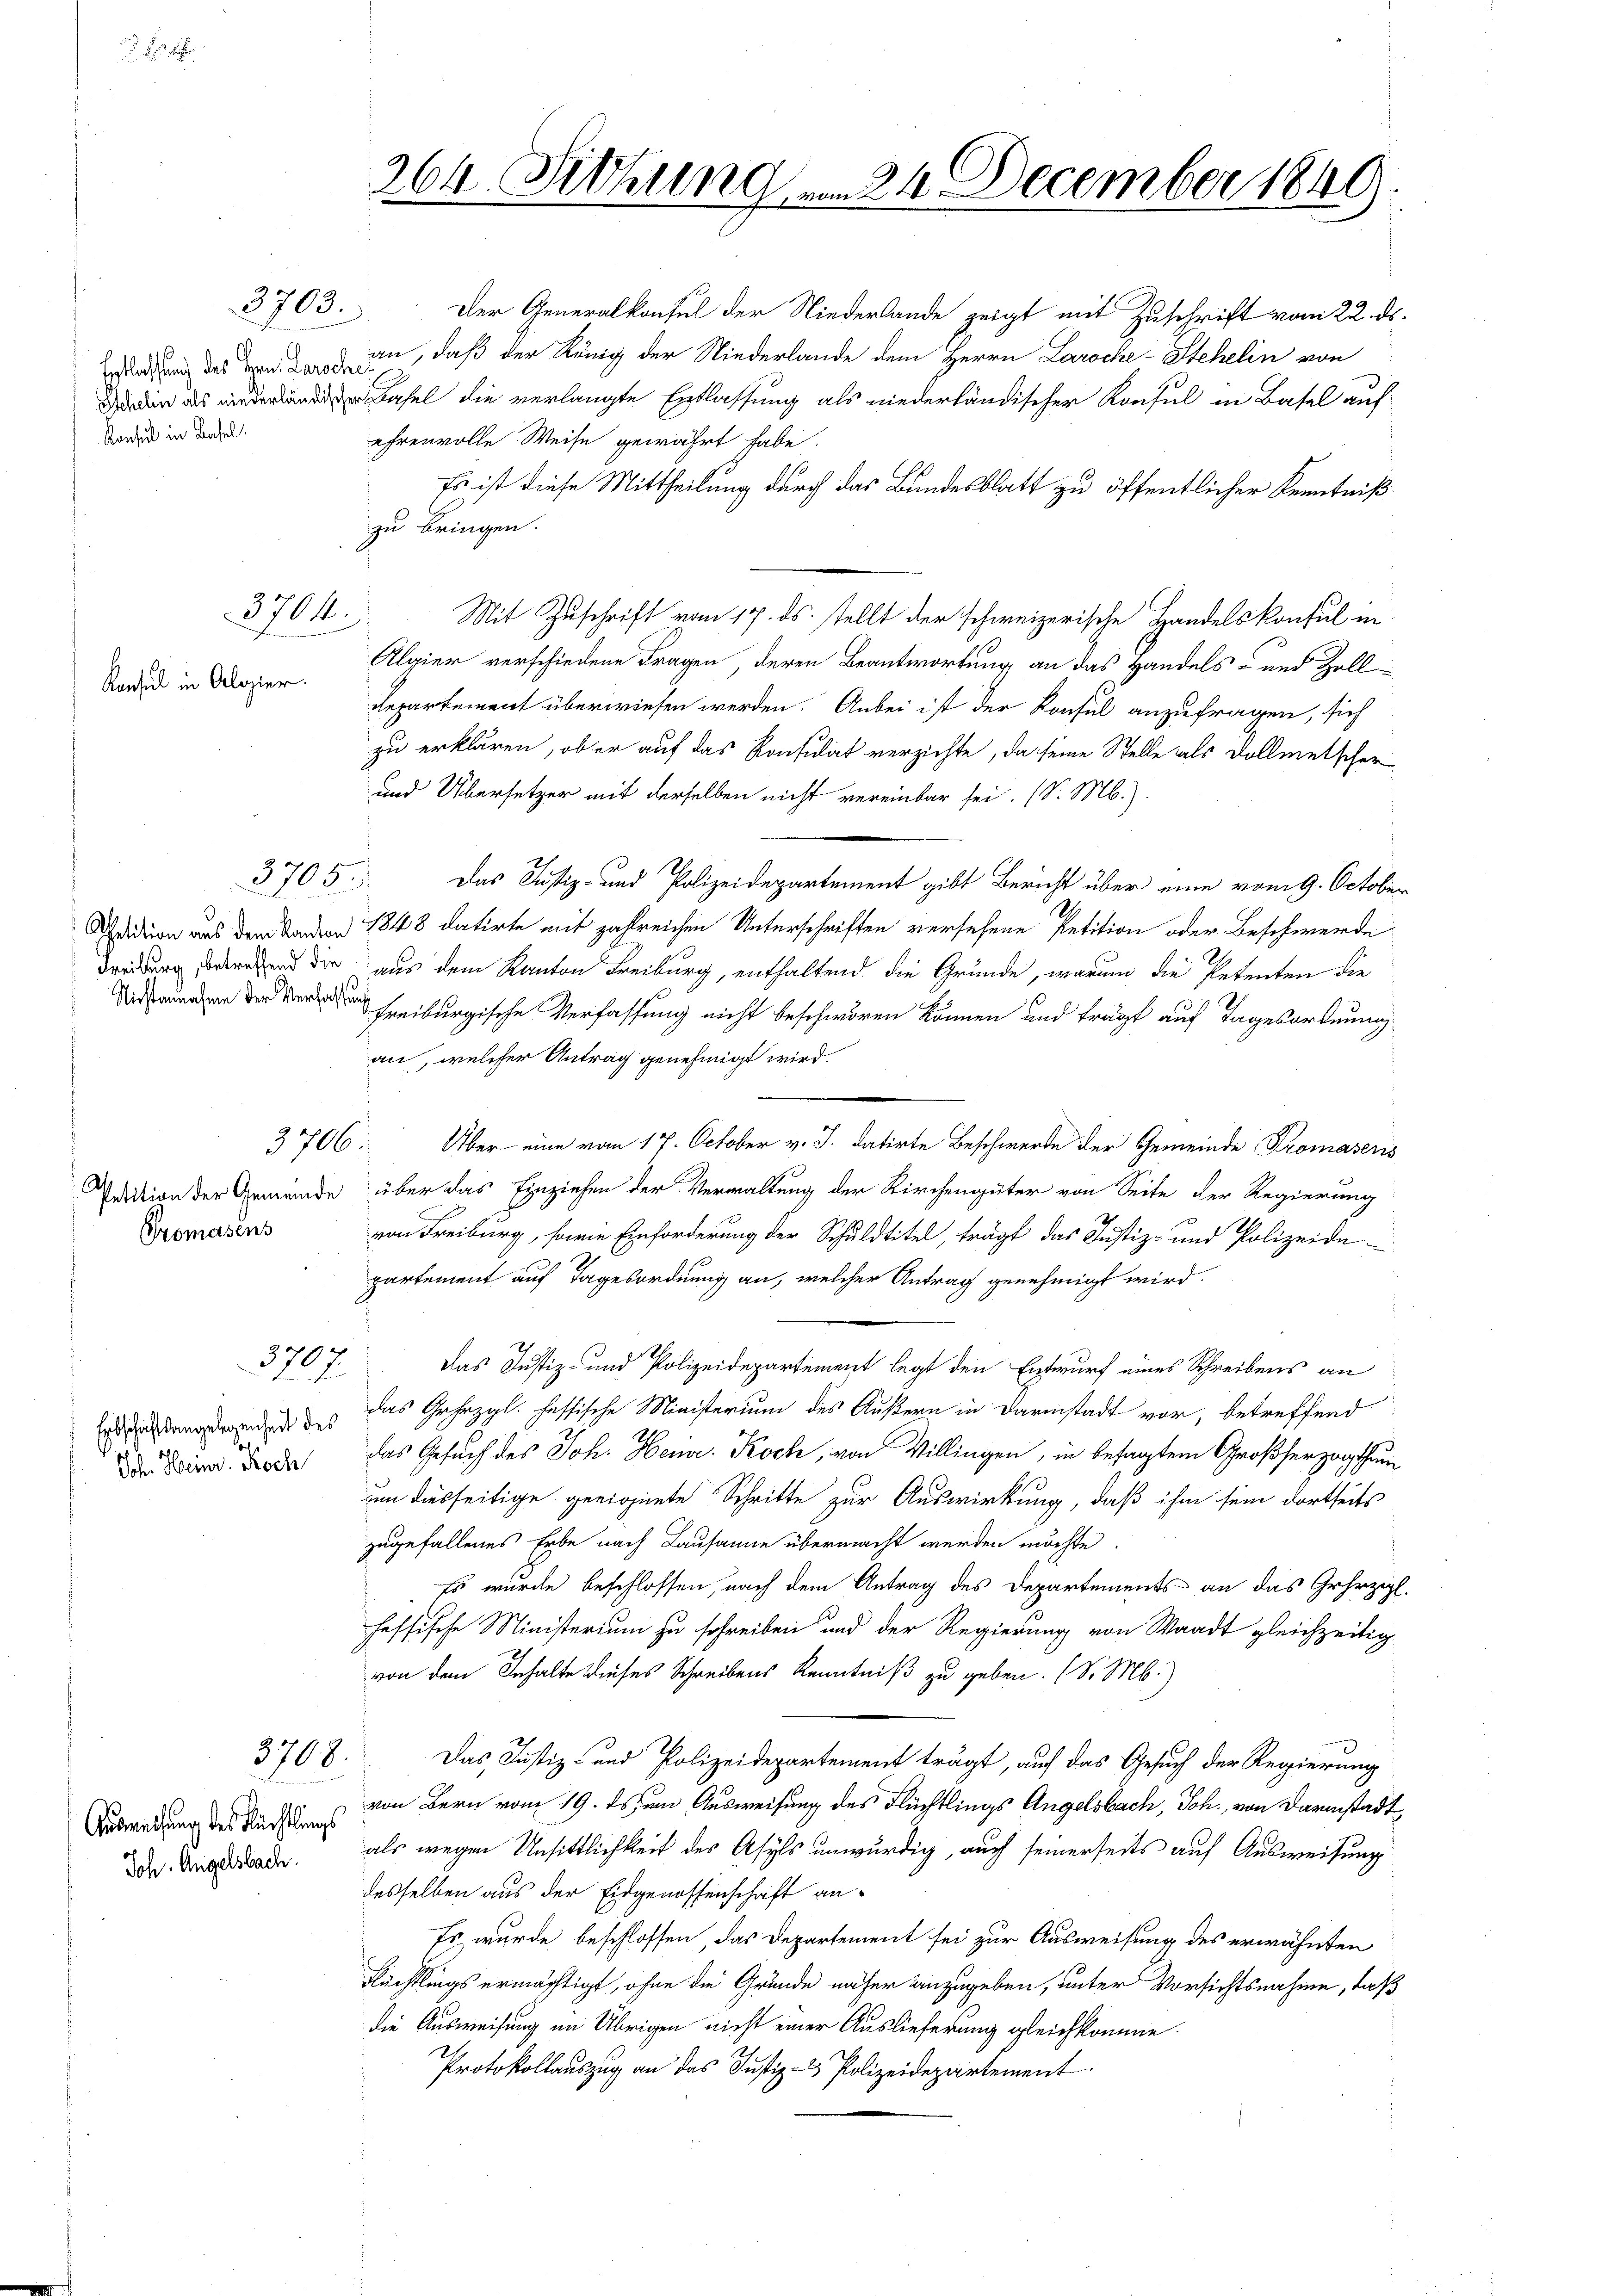
Konsul in Basel.

Konsul in Alozier.

3703.

3704.

3705.

Promasens

Sch. Heinr. Roch

3707

ehrenvolle Weise gewährt habe.
Es ist diese Mittheilung durch das Bundesblatt zu öffentlicher Kenntniß
zu bringen.
Mit Zuschrift vom 17. ds. stellt der schweizerische Handelskonsul in
Algier verschiedene Fragen deren Beantwortung an das Handels- und Zoll¬
Repartement überwiesen werden. Anbei ist der Konsul anzufragen, sich
zu erklären, ob er auf das Konsulat verzichte, da seine Stelle als Vollmetscher
und Übersetzer mit derselben nicht vereinbar sei. (S. M.).
Das Justiz- und Polizeidepartement gibt Bericht über eine vom 9. October
tion den 1848 datirte mit zahlreichen Unterschriften versehene Petition oder Beschwerde
Dreiung vortretend die aus dem Kanton Freiburg, enthaltend die Grunde, warum die Petenten die
eiburgische Verfassung nicht beschwören können und frägt auf Tagesordnung
an, welcher Antrag genehmigt wird.
3706. Über eine vom 17. October v. J. datirte Beschwerde der Gemeinde Promasens
Tation der Gemeinde über das Einziehen der Verwaltung der Kirchengüter von Seite der Regierung
von Freiburg, sowie Einforderung der Schuldtitel, trägt das Justiz- und Polizeide
partement auf Tagesordnung an, welcher Antrag genehmigt wird.
das Justiz- und Polizeidepartement legt den Entwurf eines Schreibens an
Erdachtung des das Gehezgl. fessische Ministerium des Äußern in Darinstadt vor, betreffend
das Gesuch des Joh. Heur. Koch, von Villingen, in besagtem Großherzogthum
um diesseitige geeignete Schritte zur Auswirkung, daß ihm sein dortseits
zugefallenes Erbe nach Lausanne übermacht werden möchte.
Es wurde beschlossen, nach dem Antrag des Departements an das Geheizigl.
fessische Ministerium zu schreiben und der Regierung von Waadt gleichzeitig
von dem Inhalte dieses Schreibens Kenntniß zu geben. (S. M.)
Das Justiz- und Polizeidepartement trägt, auf das Gesuch der Regierung
von Bern vom 19. ds. an Ausweisung des Flüchtlings Angelsbach, Joh. von Darmstadt
als wegen Unsittlichkeit des Asyls unwürdig, auch seinerseits auf Ausweisung
desselben aus der Eidgenossenschaft an¬
Es wurde beschlossen, das Departement sei zur Ausweisung des erwähnten
Flüchtlings ermächtigt, ohne die Gründe näher anzugeben, unter Vorsichtsnahme, daß
die Ausweisung im Übrigen nicht einer Auslieferung gleichkomme.
Protokollauszug an das Justiz- & Polizeidepartement.

3708.

Ausmachung des Rechtlings
Joh. Angelsbach.

264. Sitzung am 24. December 1840

Der Generalkonsul der Niederlande zeigt mit Zuschrift vom 22. ds.
Wendung des an, daß der König der Niederlande dem Herrn Laroche-Stehelin von
Basel die verlangte Erblassung als niederländischer Konsul in Basel auf